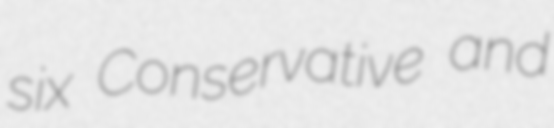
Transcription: six Conservative and